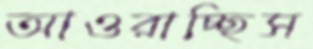
আওরাচ্ছিস